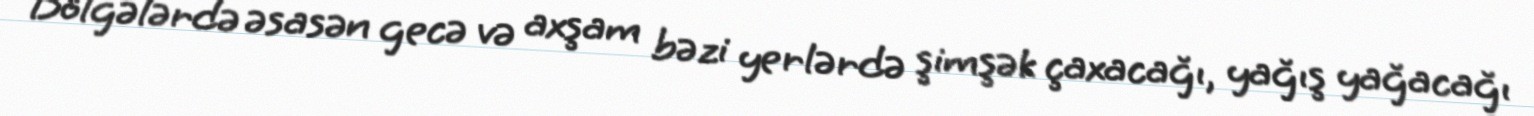
Bölgələrdə əsasən gecə və axşam bəzi yerlərdə şimşək çaxacağı, yağış yağacağı